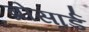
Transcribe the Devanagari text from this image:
ब्रोसार्ड